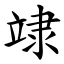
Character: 䇐